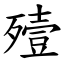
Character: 殪